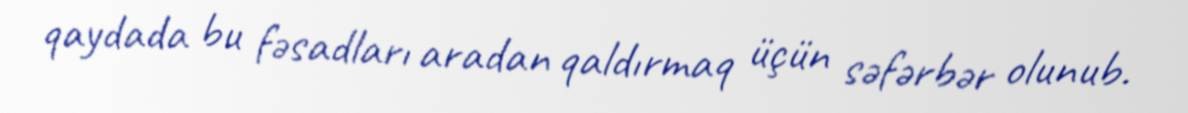
qaydada bu fəsadları aradan qaldırmaq üçün səfərbər olunub.